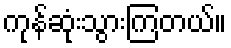
ကုန်ဆုံးသွားကြတယ်။